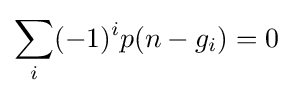
\sum _{i}(-1)^{i}p(n-g_{i})=0